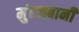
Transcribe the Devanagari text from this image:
मुंहजबानी